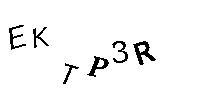
EKTP3R